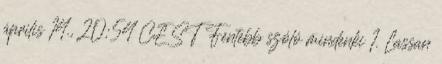
április 14., 20:54 CEST Fentebb szóló mindenki 1. Lassan